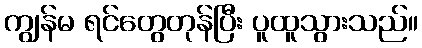
ကျွန်မ ရင်တွေတုန်ပြီး ပူထူသွားသည်။